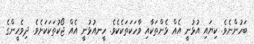
ބަހުންނެވެ. ކިޔައި އުޅުނީ އެއް ޅެންތަކާއި ވާހަކަތަކެކެވެ. ހީނއުޅުނީ އެއް ޖޯކުތަކަކަށެވެ. ދިވެހީންގެ